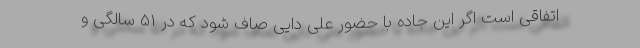
اتفاقی است اگر این جاده با حضور علی دایی صاف شود که در 51 سالگی و